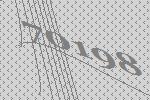
70198